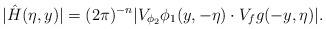
LaTeX: \begin{align*} |\hat{H}(\eta,y)| &= (2\pi)^{-n} | V_{\phi_2} \phi_1 (y,-\eta) \cdot V_f g(-y,\eta)|. \end{align*}